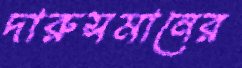
দারুসমানের